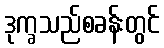
ဒုက္ခသည်စခန်းတွင်